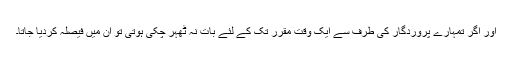
اور اگر تمہارے پروردگار کی طرف سے ایک وقت مقرر تک کے لئے بات نہ ٹھہر چکی ہوتی تو ان میں فیصلہ کردیا جاتا۔